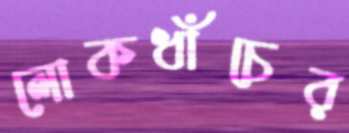
লোকধাঁচের